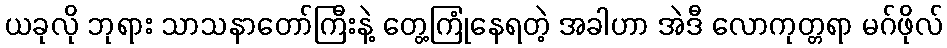
ယခုလို ဘုရား သာသနာတော်ကြီးနဲ့ တွေ့ကြုံနေရတဲ့ အခါဟာ အဲဒီ လောကုတ္တရာ မဂ်ဖိုလ်